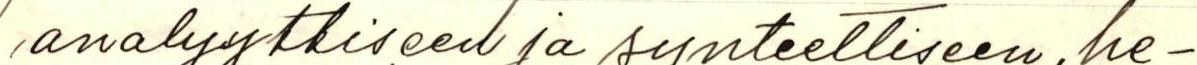
analyyttiseen ja synteettiseen, he-